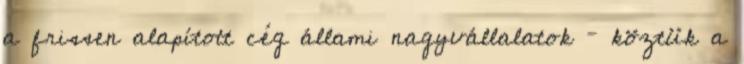
a frissen alapított cég állami nagyvállalatok – köztük a